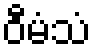
ဝီမံသံ